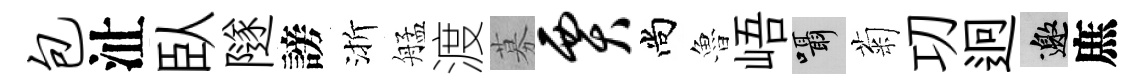
包沚臥隧謗渐艋渡募贾尚魯峿囁菊㓛迥邀庶